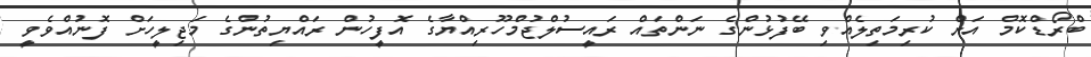
ބްރޯޑްކޮމް އަށް ކުރިމަތިލެއްވި ބޭފުޅުންގެ ނަންތައް ރައީސުލްޖުމްހޫރިއްޔާގެ އޮފީހުން ރައްޔިތުންގެ މަޖިލީހަށް ފޮނުއްވެވީ